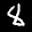
Label: 8